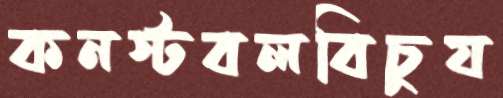
কনস্টবলবিচুয